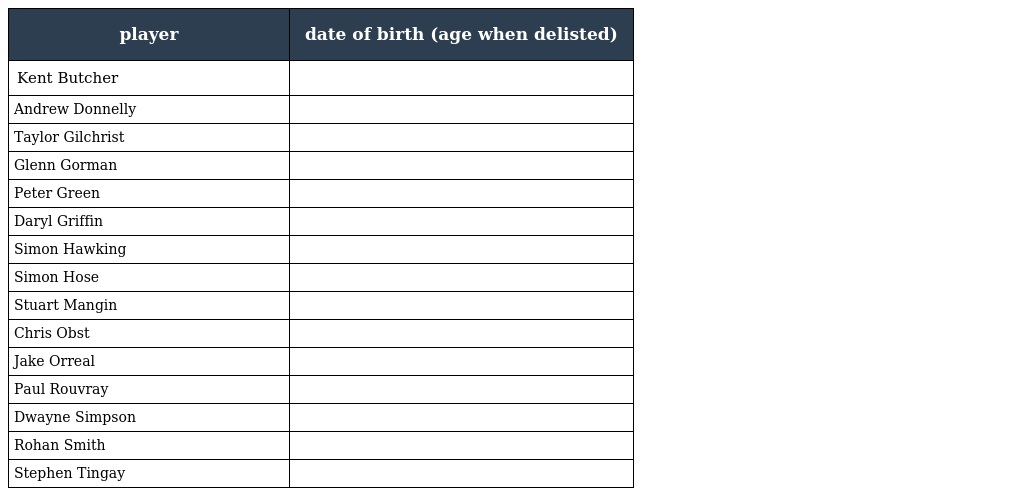
| player | date of birth (age when delisted) |
 | --- | --- |
 | Kent Butcher |  |
 | Andrew Donnelly |  |
 | Taylor Gilchrist |  |
 | Glenn Gorman |  |
 | Peter Green |  |
 | Daryl Griffin |  |
 | Simon Hawking |  |
 | Simon Hose |  |
 | Stuart Mangin |  |
 | Chris Obst |  |
 | Jake Orreal |  |
 | Paul Rouvray |  |
 | Dwayne Simpson |  |
 | Rohan Smith |  |
 | Stephen Tingay |  |